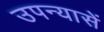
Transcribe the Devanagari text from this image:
उपन्यासें